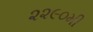
૨૨૯૦મી